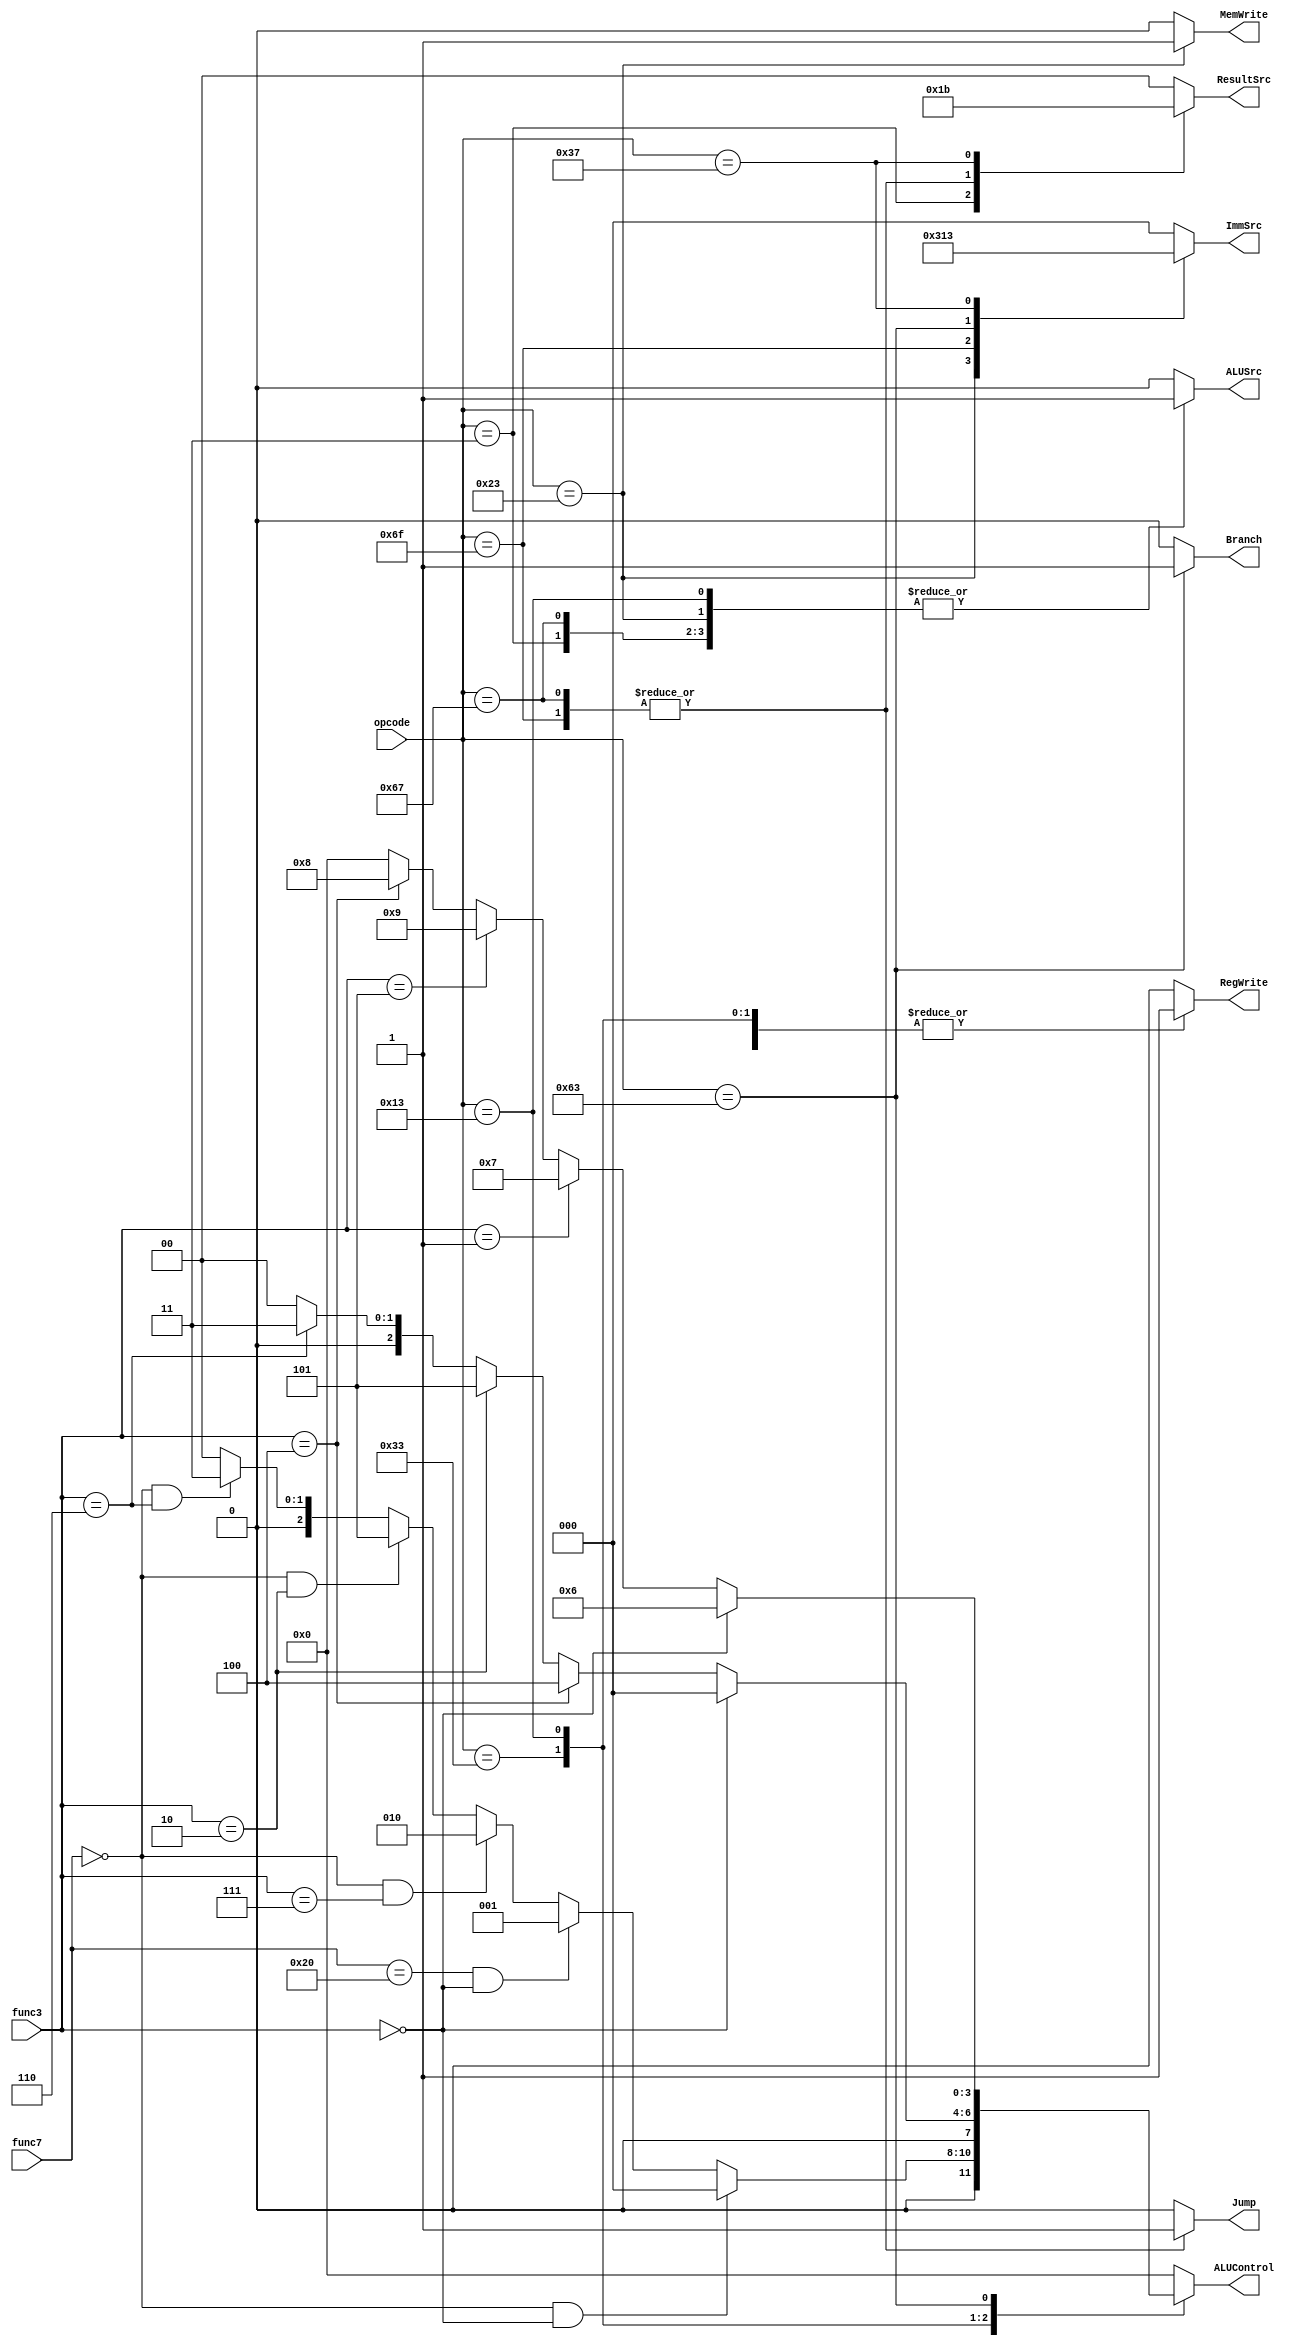
module Controller (
    input [6:0] opcode,
    input [2:0] func3,
    input [6:0] func7,

    output reg RegWrite,
    output reg [1:0] ResultSrc,
    output reg MemWrite,
    output reg Jump,
    output reg Branch,
    output reg [3:0] ALUControl, 
    output reg ALUSrc,
    output reg [2:0] ImmSrc
);
    parameter [6:0]
    R_TYPE = 7'b0110011, // add, sub, and, or, slt
    I_TYPE = 7'b0010011, // addi, xori, ori, slti,
    LW = 7'b0000011,     // lw
    JALR = 7'b1100111,   // jalr
    SW = 7'b0100011,     // sw
    JAL = 7'b1101111,    // jal
    B_TYPE = 7'b1100011, // beq, bne, blt, bge
    LUI = 7'b0110111;    // lui

    parameter [3:0] ADD = 0, SUB = 1, AND = 2, OR = 3, XOR = 4, SLT = 5, beq = 6, bne = 7, blt = 8, bge = 9;
    parameter [2:0] EXTEND_I_TYPE = 0, EXTEND_S_TYPE = 1, EXTEND_B_TYPE = 2, EXTEND_U_TYPE = 3, EXTEND_J_TYPE = 4;

    always @(opcode, func3, func7) begin
        {Jump,Branch,ResultSrc,MemWrite,ALUControl,ALUSrc,ImmSrc,RegWrite} = 14'b0;

        case (opcode)
            R_TYPE: begin
                RegWrite = 1;
                if(func7 == 7'b0 & func3 == 3'b0)
                    ALUControl = ADD;
                else if(func7 == 7'b0100000 & func3 == 3'b0)
                    ALUControl = SUB;
                else if(func7 == 7'b0 & func3 == 3'b111)
                    ALUControl = AND;
                else if(func7 == 7'b0 & func3 == 3'b010)
                    ALUControl = SLT;
                else if(func7 == 7'b0 & func3 == 3'b110)
                    ALUControl = OR;
            end
            I_TYPE: begin
                ALUSrc = 1;
                RegWrite = 1;
                ImmSrc = EXTEND_I_TYPE;
                if(func3 == 3'b0)
                    ALUControl = ADD;
                else if(func3 == 3'b100)
                    ALUControl = XOR;
                else if(func3 == 3'b010)
                    ALUControl = SLT;
                else if(func3 == 3'b110)
                    ALUControl = OR;
            end
            LW: begin
                ResultSrc = 2'b01;
                ALUControl = ADD;
                ALUSrc = 1;
                ImmSrc = EXTEND_I_TYPE;
                RegWrite = 1;
            end
            JALR: begin
                Jump = 1;
                ResultSrc = 2'b10;
                ALUControl = ADD;
                ALUSrc = 1;
                ImmSrc = EXTEND_I_TYPE;
                RegWrite = 1;
            end
            SW: begin
                MemWrite = 1;
                ALUControl = ADD;
                ALUSrc = 1;
                ImmSrc = EXTEND_S_TYPE;
            end
            JAL: begin
                Jump = 1;
                ResultSrc = 2'b10;
                ImmSrc = EXTEND_J_TYPE;
                ALU_control = ADD;
                RegWrite = 1;
            end
            B_TYPE: begin
                if(func3 == 3'b0) 
                    ALUControl = beq;
                else if(func3 == 3'b001)
                    ALUControl = bne;
                else if(func3 == 3'b101)
                    ALUControl = bge;
                else if(func3 == 3'b100)
                    ALUControl = blt;
                
                
                Branch = 1;

                ImmSrc = EXTEND_B_TYPE;
            end
            LUI: begin
                ResultSrc = 2'b11;
                ImmSrc = EXTEND_U_TYPE;
                RegWrite = 1;
            end
            default: {Jump,Branch,ResultSrc,MemWrite,ALUControl,ALUSrc,ImmSrc,RegWrite} = 14'b0;
        endcase
    end


endmodule